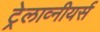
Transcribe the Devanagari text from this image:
ट्रेलाव्नीयर्स